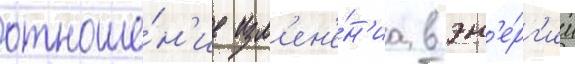
отноше́н'ие изм'ен'е́н'иа в эн'е́рг'ии